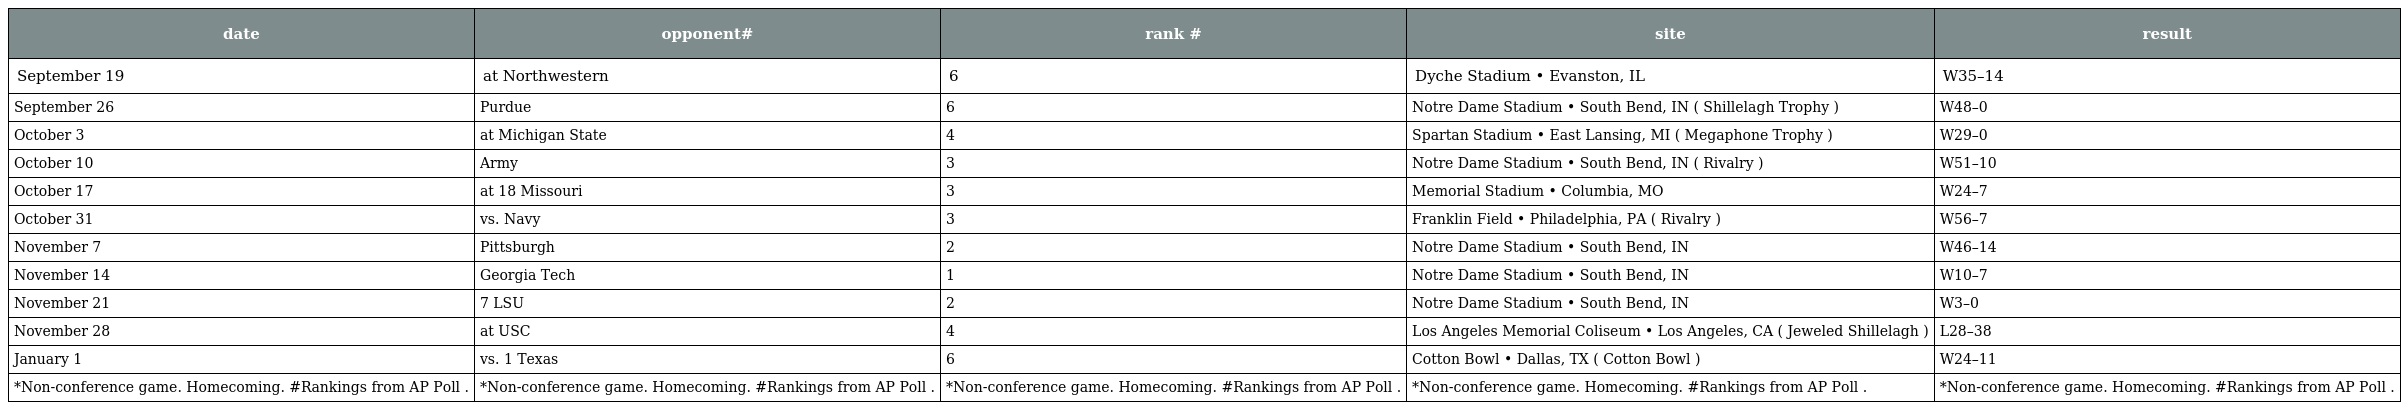
| date | opponent# | rank # | site | result |
 | --- | --- | --- | --- | --- |
 | September 19 | at Northwestern | 6 | Dyche Stadium • Evanston, IL | W35–14 |
 | September 26 | Purdue | 6 | Notre Dame Stadium • South Bend, IN ( Shillelagh Trophy ) | W48–0 |
 | October 3 | at Michigan State | 4 | Spartan Stadium • East Lansing, MI ( Megaphone Trophy ) | W29–0 |
 | October 10 | Army | 3 | Notre Dame Stadium • South Bend, IN ( Rivalry ) | W51–10 |
 | October 17 | at 18 Missouri | 3 | Memorial Stadium • Columbia, MO | W24–7 |
 | October 31 | vs. Navy | 3 | Franklin Field • Philadelphia, PA ( Rivalry ) | W56–7 |
 | November 7 | Pittsburgh | 2 | Notre Dame Stadium • South Bend, IN | W46–14 |
 | November 14 | Georgia Tech | 1 | Notre Dame Stadium • South Bend, IN | W10–7 |
 | November 21 | 7 LSU | 2 | Notre Dame Stadium • South Bend, IN | W3–0 |
 | November 28 | at USC | 4 | Los Angeles Memorial Coliseum • Los Angeles, CA ( Jeweled Shillelagh ) | L28–38 |
 | January 1 | vs. 1 Texas | 6 | Cotton Bowl • Dallas, TX ( Cotton Bowl ) | W24–11 |
 | *Non-conference game. Homecoming. #Rankings from AP Poll . | *Non-conference game. Homecoming. #Rankings from AP Poll . | *Non-conference game. Homecoming. #Rankings from AP Poll . | *Non-conference game. Homecoming. #Rankings from AP Poll . | *Non-conference game. Homecoming. #Rankings from AP Poll . |